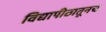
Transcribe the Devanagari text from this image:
विद्यापीठातूनच